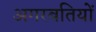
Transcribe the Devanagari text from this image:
अगरबतियों